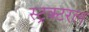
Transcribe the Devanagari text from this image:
स्ट्रक्टरल